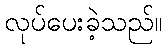
လုပ်ပေးခဲ့သည်။